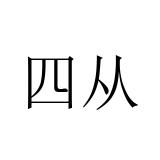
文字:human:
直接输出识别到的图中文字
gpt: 四从